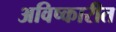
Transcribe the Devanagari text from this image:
अविष्कारीत